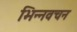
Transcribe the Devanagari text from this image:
भिन्नवचन